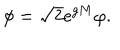
\phi = \sqrt { 2 } \mathrm { e } ^ { g M } \varphi .